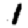
Digit: 1